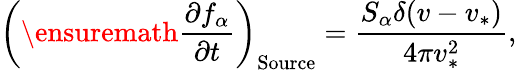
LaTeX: \left(\ensuremath{\frac{\partial f_{\alpha}}{\partial t}}\right)_{\mathrm{Source}}=\frac{S_{\alpha}\delta(v-v_{*})}{4\pi v_{*}^{2}},